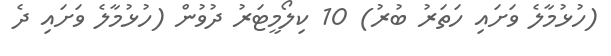
(ހުޅުމާލެ ވަށައި ހަތަރު ބުރު) 10 ކިލޯމީޓަރު ދުވުން (ހުޅުމާލެ ވަށައި ދެ